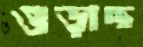
ওড়াচ্ছ